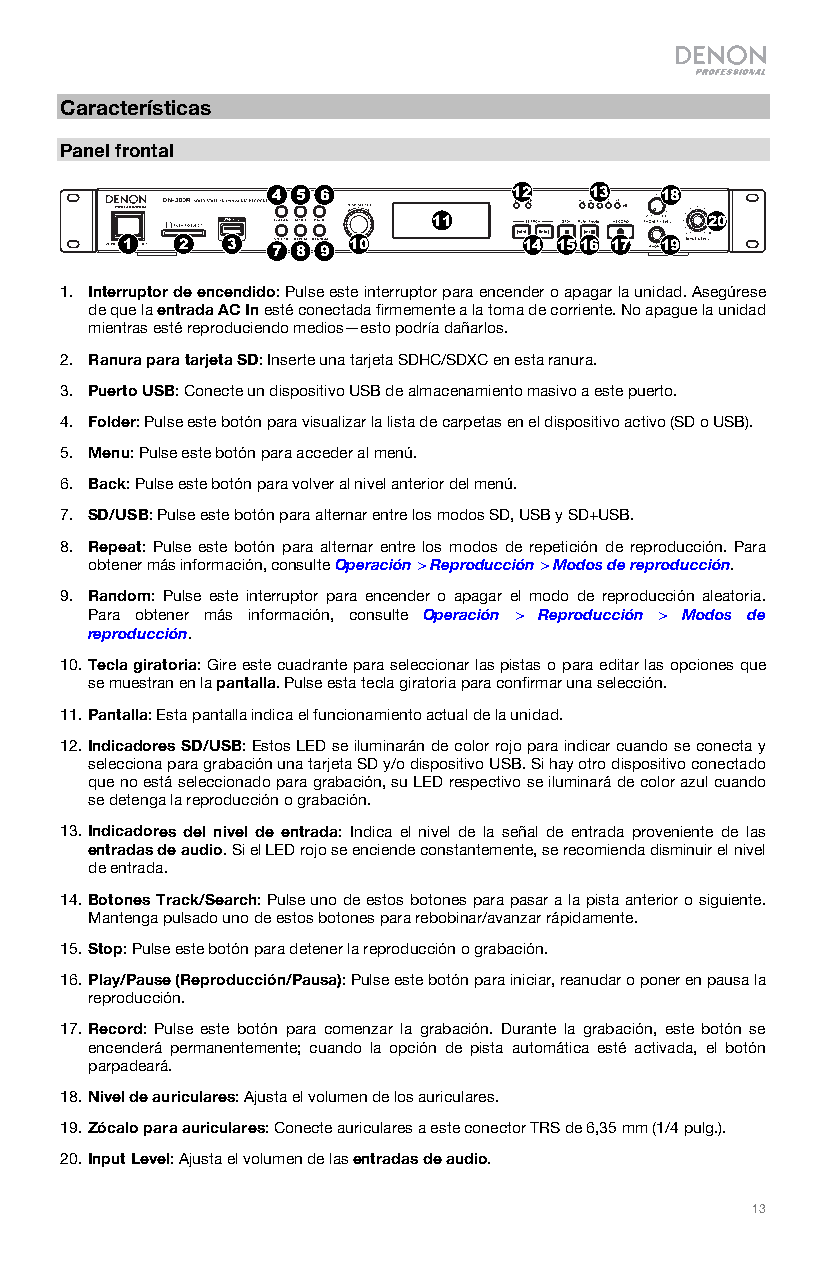
Características
 Panel frontal
 4 5 6           12   13   18
 11                 20
 1   2  3  7 8 9 10        14 1516 17 19
 1. Interruptor de encendido: Pulse este interruptor para encender o apagar la unidad. Asegúrese
 de que la entrada AC In esté conectada firmemente a la toma de corriente. No apague la unidad
 mientras esté reproduciendo medios—esto podría dañarlos.
 2. Ranura para tarjeta SD: Inserte una tarjeta SDHC/SDXC en esta ranura.
 3. Puerto USB: Conecte un dispositivo USB de almacenamiento masivo a este puerto.
 4. Folder: Pulse este botón para visualizar la lista de carpetas en el dispositivo activo (SD o USB).
 5. Menu: Pulse este botón para acceder al menú.
 6. Back: Pulse este botón para volver al nivel anterior del menú.
 7. SD/USB: Pulse este botón para alternar entre los modos SD, USB y SD+USB.
 8. Repeat: Pulse este botón para alternar entre los modos de repetición de reproducción. Para
 obtener más información, consulte Operación > Reproducción > Modos de reproducción.
 9. Random: Pulse este interruptor para encender o apagar el modo de reproducción aleatoria.
 Para obtener más información, consulte Operación > Reproducción > Modos de
 reproducción.
 10. Tecla giratoria: Gire este cuadrante para seleccionar las pistas o para editar las opciones que
 se muestran en la pantalla. Pulse esta tecla giratoria para confirmar una selección.
 11. Pantalla: Esta pantalla indica el funcionamiento actual de la unidad.
 12. Indicadores SD/USB: Estos LED se iluminarán de color rojo para indicar cuando se conecta y
 selecciona para grabación una tarjeta SD y/o dispositivo USB. Si hay otro dispositivo conectado
 que no está seleccionado para grabación, su LED respectivo se iluminará de color azul cuando
 se detenga la reproducción o grabación.
 13. Indicadores del nivel de entrada: Indica el nivel de la señal de entrada proveniente de las
 entradas de audio. Si el LED rojo se enciende constantemente, se recomienda disminuir el nivel
 de entrada.
 14. Botones Track/Search: Pulse uno de estos botones para pasar a la pista anterior o siguiente.
 Mantenga pulsado uno de estos botones para rebobinar/avanzar rápidamente.
 15. Stop: Pulse este botón para detener la reproducción o grabación.
 16. Play/Pause (Reproducción/Pausa): Pulse este botón para iniciar, reanudar o poner en pausa la
 reproducción.
 17. Record: Pulse este botón para comenzar la grabación. Durante la grabación, este botón se
 encenderá permanentemente; cuando la opción de pista automática esté activada, el botón
 parpadeará.
 18. Nivel de auriculares: Ajusta el volumen de los auriculares.
 19. Zócalo para auriculares: Conecte auriculares a este conector TRS de 6,35 mm (1/4 pulg.).
 20. Input Level: Ajusta el volumen de las entradas de audio.
 13